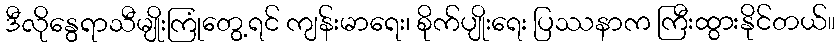
ဒီလိုနွေရာသီမျိုးကြုံတွေ့ရင် ကျန်းမာရေး၊ စိုက်ပျိုးရေး ပြဿနာက ကြီးထွားနိုင်တယ်။